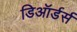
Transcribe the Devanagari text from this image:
डिऑर्डर्स